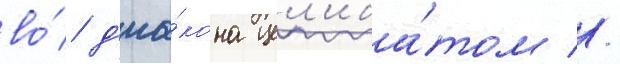
во́ д'иа́кона цел'иба́том //